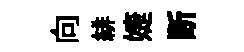
向緋婕断